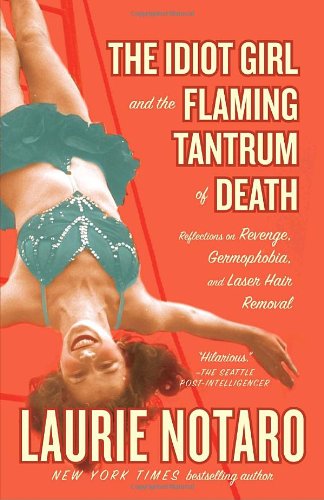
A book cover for The Idiot Girl and the Flaming Tantrum of Death: Reflections on Revenge, Germophobia, and Laser Hair Removal; Laurie Notaro; Humor & Entertainment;